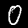
Digit: 0